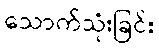
သောက်သုံးခြင်း